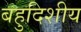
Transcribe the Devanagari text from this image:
बहुदिशीय